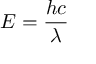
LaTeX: E = { \frac { h c } { \lambda } }